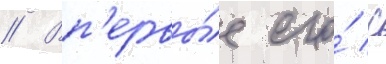
// Вп'ервы́е его́ с